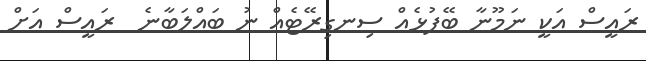
ރައީސް އަކީ ނަމޫނާ ބޭފުޅެއް ސިނގިރޭޓެއް ނު ބައްލަބާނެ  ރައީސް އަށް